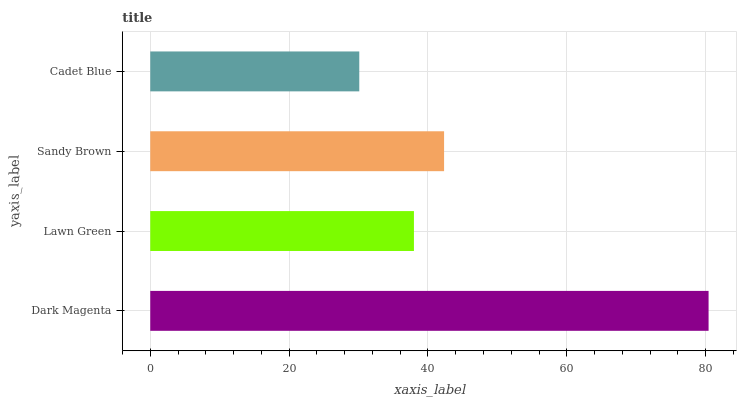
| yaxis_label | bars |
 | --- | --- |
 | Dark Magenta | 80.4 |
 | Lawn Green | 38 |
 | Sandy Brown | 42.3 |
 | Cadet Blue | 30.1 |